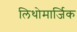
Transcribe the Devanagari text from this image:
लिथोमार्जिक